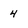
Character: 4